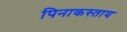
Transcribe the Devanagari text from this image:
पिनाकस्ताय